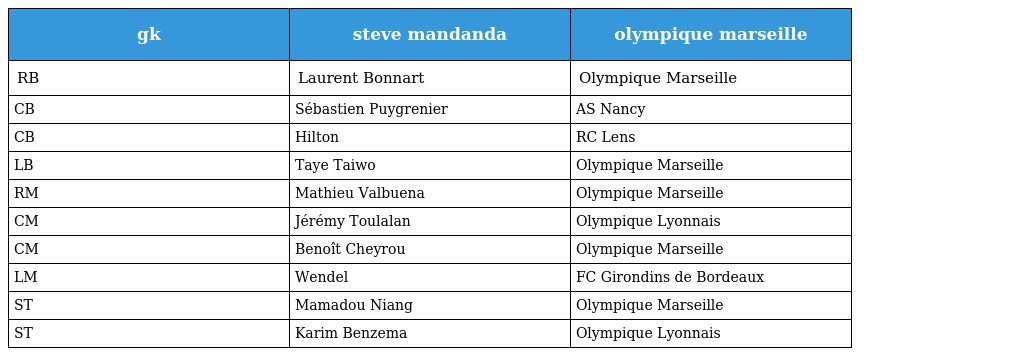
| gk | steve mandanda | olympique marseille |
 | --- | --- | --- |
 | RB | Laurent Bonnart | Olympique Marseille |
 | CB | Sébastien Puygrenier | AS Nancy |
 | CB | Hilton | RC Lens |
 | LB | Taye Taiwo | Olympique Marseille |
 | RM | Mathieu Valbuena | Olympique Marseille |
 | CM | Jérémy Toulalan | Olympique Lyonnais |
 | CM | Benoît Cheyrou | Olympique Marseille |
 | LM | Wendel | FC Girondins de Bordeaux |
 | ST | Mamadou Niang | Olympique Marseille |
 | ST | Karim Benzema | Olympique Lyonnais |